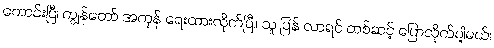
ကောင်းပြီ၊ ကျွန်တော် အကုန် ရေးထားလိုက်ပြီ။ သူ ပြန် လာရင် တစ်ဆင့် ပြောလိုက်ပါ့မယ်၊